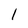
Character: l